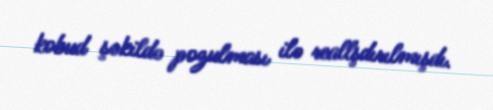
kobud şəkildə pozulması ilə reallşdırılmışdı.